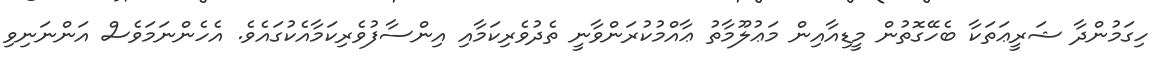
ހިގަމުންދާ ޝަރީޢަތަކާ ބެހޭގޮތުން މީޑިއާއިން މަޢުލޫމާތު ޢާއްމުކުރަންވާނީ ތެދުވެރިކަމާއި އިންސާފުވެރިކަމާއެކުގައެވެ. އެހެންނަމަވެސް އަންނަނިވި